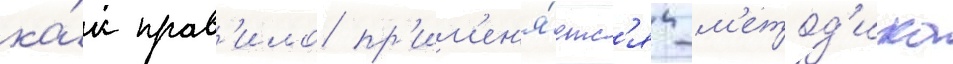
ка́к прав'ило пр'им'ен'я́етс'я -м'етод'ика